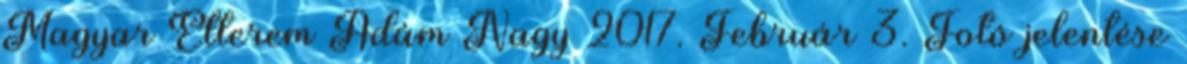
Magyar Étterem Ádám Nagy 2017. Február 3. Fotó jelentése